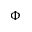
\Phi